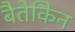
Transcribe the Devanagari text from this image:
बैतेकिन